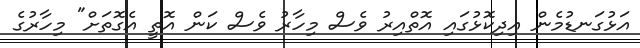
އަޅުގަނޑުމެން އިދިކޮޅުގައި އޮތްއިރު ވެސް މިހާރު ވެސް ކަން އޮތީ އެގޮތަށް" މިހާރުގެ